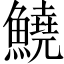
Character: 鱙